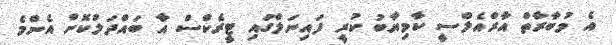
އެ މުބާރާތް އާރްއެލްސީ ކާމިޔާބު ކުރީ ފައިނަލްގައި ޓީރެކްސް އާ ބައްދަލުކޮށް އެންމެ